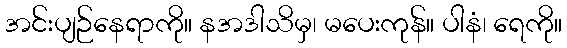
အင်းပျဉ်နေရာကို။ နအဒါသိမှ၊ မပေးကုန်။ ပါနံ၊ ရေကို။